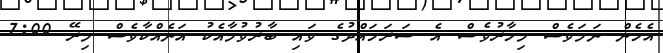
އެހެން ނަމަވެސް މިހާރުވެސް އެ ސަރަހައްދުގެ ވައި ބާރުވުމާއެކު އަނެއްކާވެސް މިރޭ 7:00